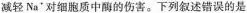
减轻Na^{+}对细胞质中酶的伤害。下列叙述错误的是